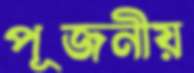
পূজনীয়